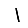
Digit: 1